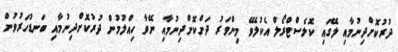
ދުރުކޮށްދިނުމާއި ލޭގައި ކޮލެސްޓްރޯލް އެކުލެވޭ މިންވަރު ދަށްކޮށްދިނުމާއި ނޭވާ ހިއްލުމުން ދުރުކޮށްދިނުމާއި ބަނޑުހަރުވުން